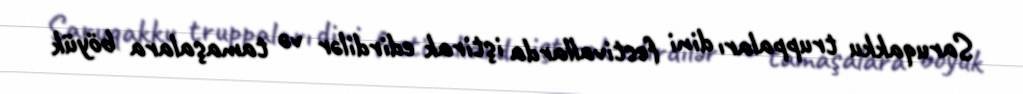
Saruqakku truppaları dini festivallarda iştirak edirdilər və tamaşalara böyük